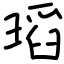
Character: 瑫